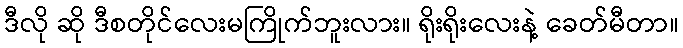
ဒီလို ဆို ဒီစတိုင်လေးမကြိုက်ဘူးလား။ ရိုးရိုးလေးနဲ့ ခေတ်မီတာ။